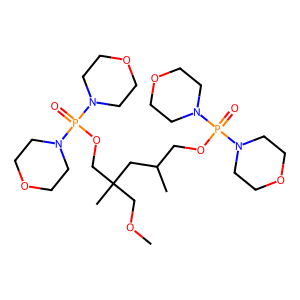
SMILES: COCC(C)(COP(=O)(N1CCOCC1)N1CCOCC1)CC(C)COP(=O)(N1CCOCC1)N1CCOCC1
Inhibits HIV replication: No